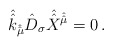
\begin{align*}\hat{\hat{k}}_{\hat{\hat{\mu}}} \hat{D}_{\sigma}\hat{\hat{X}}^{\hat{\hat{\mu}}} =0\, .\end{align*}